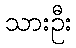
သားဦး